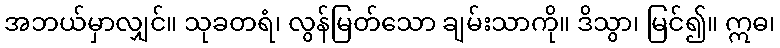
အဘယ်မှာလျှင်။ သုခတရံ၊ လွန်မြတ်သော ချမ်းသာကို။ ဒိသွာ၊ မြင်၍။ ဣဓ၊